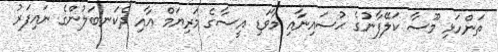
ތަންހަޅި މޫސާ ކަލޭފާނުގެ ޙުސައިނާއި މާވަޑި އީސާގެ މަރިޔަމް އާއި ދެކަނބަލުންގެ ނައިފަރު